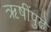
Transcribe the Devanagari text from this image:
ऋषींपुढे